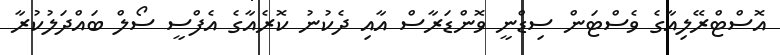
އޮސްޓްރޭލިއާގެ ވެސްޓަން ސިޑްނީ ވޮންޑަރާސް އާއި ދެކުނު ކޮރެއާގެ އެފްސީ ސޯލް ބައްދަލުކުރާ